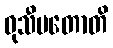
ဝုသီမတောတိ